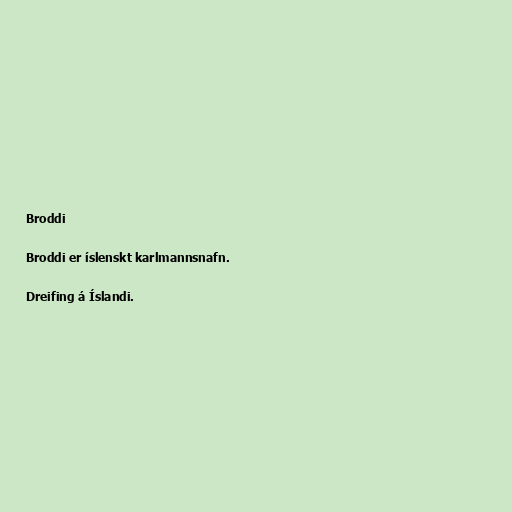
Broddi

Broddi er íslenskt karlmannsnafn.

Dreifing á Íslandi.